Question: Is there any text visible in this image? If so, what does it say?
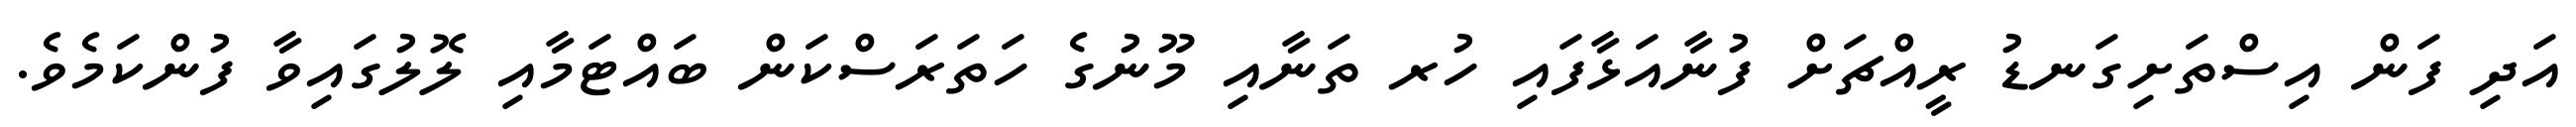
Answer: އަދި ފަން އިސްތަށިގަނޑު ރީއްޗަށް ފުނާއަޅާފައި ހުރ ތަނާއި މޫނުގެ ހަތަރަސްކަން ބައްޓަމާއި ލޮލުގައިވާ ފުންކަމެވެ.